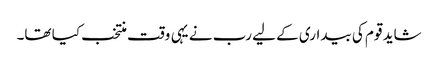
شاید قوم کی بیداری کے لیے رب نے یہی وقت منتخب کیا تھا۔